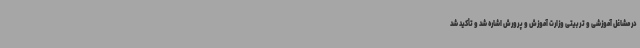
در مشاغل آموزشی و تربیتی وزارت آموزش و پرورش اشاره شد و تأ‌کید شد